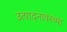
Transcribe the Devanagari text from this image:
उत्पादनावरच्या